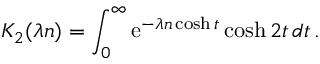
K _ { 2 } ( \lambda n ) = \int _ { 0 } ^ { \infty } \mathrm { e } ^ { - \lambda n \cosh t } \cosh 2 t \, d t \, .